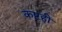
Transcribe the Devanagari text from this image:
कष्टही